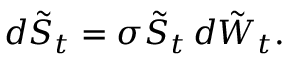
d { \tilde { S } } _ { t } = \sigma { \tilde { S } } _ { t } \, d { \tilde { W } } _ { t } .